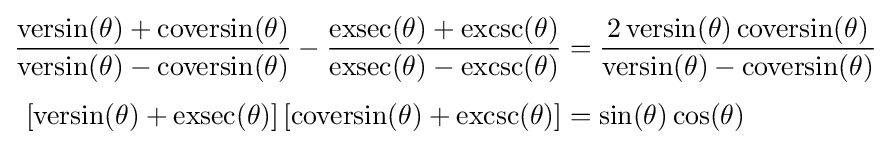
{\begin{aligned}{\frac {\operatorname {versin} (\theta )+\operatorname {coversin} (\theta )}{\operatorname {versin} (\theta )-\operatorname {coversin} (\theta )}}-{\frac {\operatorname {exsec} (\theta )+\operatorname {excsc} (\theta )}{\operatorname {exsec} (\theta )-\operatorname {excsc} (\theta )}}&={\frac {2\operatorname {versin} (\theta )\operatorname {coversin} (\theta )}{\operatorname {versin} (\theta )-\operatorname {coversin} (\theta )}}\\[3pt][\operatorname {versin} (\theta )+\operatorname {exsec} (\theta )]\,[\operatorname {coversin} (\theta )+\operatorname {excsc} (\theta )]&=\sin(\theta )\cos(\theta )\end{aligned}}